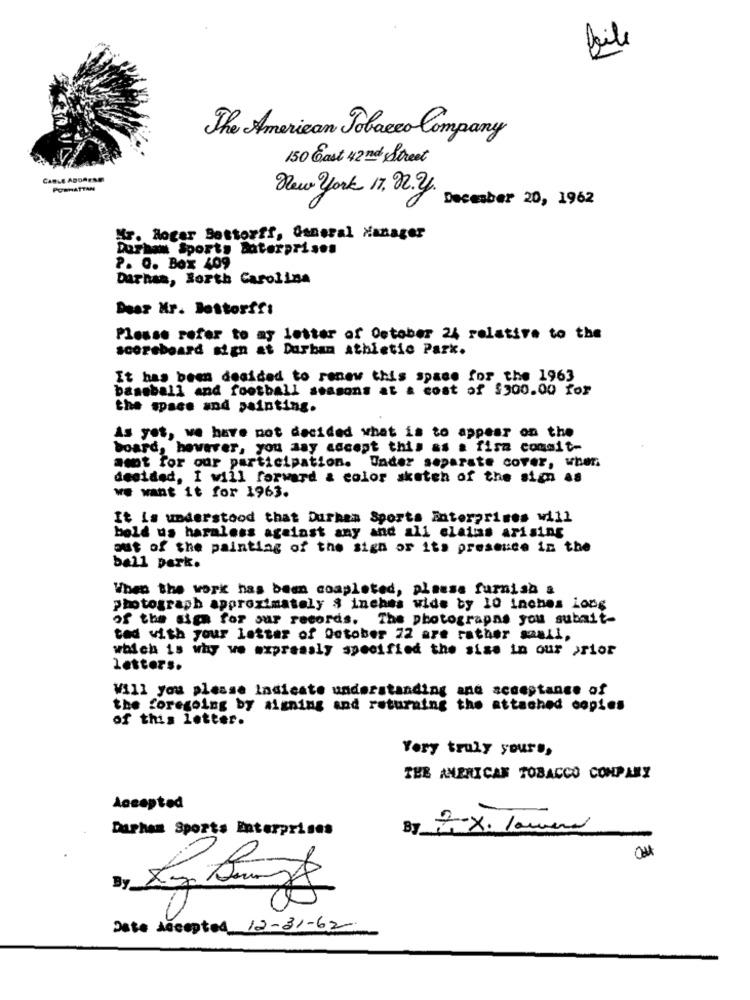
file
The American Tobacco Company
150 Cast 42nd Street
PORHATTAN
New york 17. 12.2.
December 20, 1962
Mr. Rogar Settorff, General Manager
Durham Sports Baterprises
P. O. Box 409
Darnaa, North Carolina
Dear Mr. lettorff:
Please refer to my letter of October 24 relative to the
scoreboard sign at Durban athletic Park.
It has been decided to renew this space for the 1963
baseball and football seasons at & cost of $300.00 for
the space and painting.
As yet, we have not decided what is to appear on the
board, however, you aay accept this as a fisa commit-
amt for our participation. Under separate cover, when
decided, I will forward & color sketch of the sign as
we want it for 1963.
It is understood that Durham Sports Enterprises will
bold us haraless against any and all claims arising
out of the painting of the sign or its presence in the
ball park.
When the work has been completed, please furnish a
photograph approximately $ inches wide by 10 inches long
of the sich for our records. The photographs you submit-
ted with your letter of October 22 are rather small,
which is why we expressly specified the size in our prior
letters.
Will you please Indicate understanding and acceptance of
the foregoing by signing and returning the attached copies
of this letter.
Very truly yours,
THE AMERICAN TOBACCO COMPANY
Accepted
Darhem Sports Enterprises
By 4
2.x. lawina
By
Date Accepted 12-31-62